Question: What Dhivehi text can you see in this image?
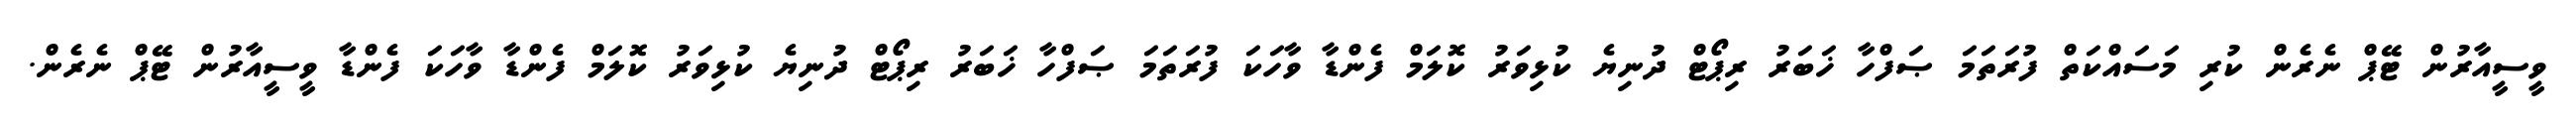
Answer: ވީސީއާރުން ޓޭޕް ނެރެން ކުރި މަސައްކަތް ފުރަތަމަ ޞަފްހާ ޚަބަރު ރިޕޯޓް ދުނިޔެ ކުޅިވަރު ކޮލަމް ފެންޑާ ވާހަކަ ފުރަތަމަ ޞަފްހާ ޚަބަރު ރިޕޯޓް ދުނިޔެ ކުޅިވަރު ކޮލަމް ފެންޑާ ވާހަކަ ފެންޑާ ވީސީއާރުން ޓޭޕް ނެރެން.